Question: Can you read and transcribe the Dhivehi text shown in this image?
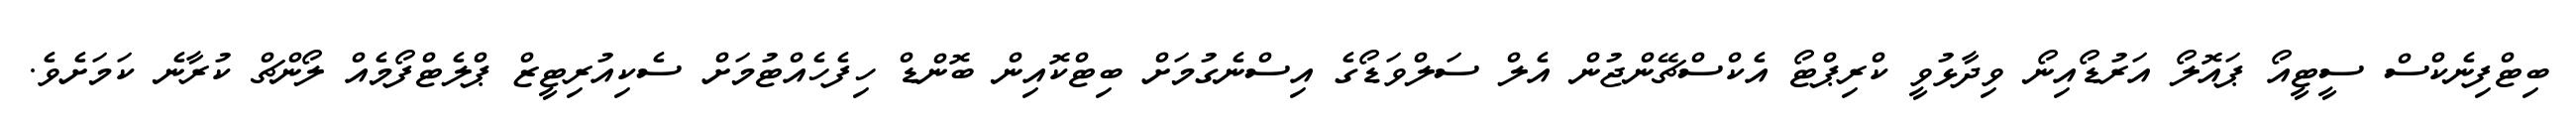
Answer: ބިޓްފިނެކްސް ސީޓީއޯ ޕައޮލޯ އަރުޑޯއިނޯ ވިދާޅުވީ ކްރިޕްޓޯ އެކްސްޗޭންޖުން އެލް ސަލްވަޑޯގެ އިސްނެގުމަށް ބިޓްކޮއިން ބޮންޑް ހިފެހެއްޓުމަށް ސެކިއުރިޓީޒް ޕްލެޓްފޯމެއް ލޯންޗް ކުރާނެ ކަމަށެވެ.